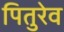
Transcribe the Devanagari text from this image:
पितुरेव